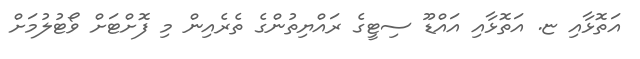
އަތޮޅާއި ޏ. އަތޮޅާއި އައްޑޫ ސިޓީގެ ރައްޔިތުންގެ ތެރެއިން މި ފޮށްޓަށް ވޯޓުލުމަށް